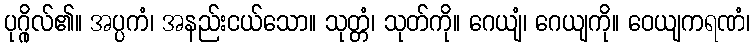
ပုဂ္ဂိုလ်၏။ အပ္ပကံ၊ အနည်းငယ်သော။ သုတ္တံ၊ သုတ်ကို။ ဂေယျံ၊ ဂေယျကို။ ဝေယျကရဏံ၊